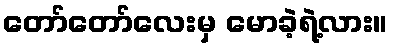
တော်တော်လေးမှ မောခဲ့ရဲ့လား။